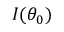
I ( \theta _ { 0 } )